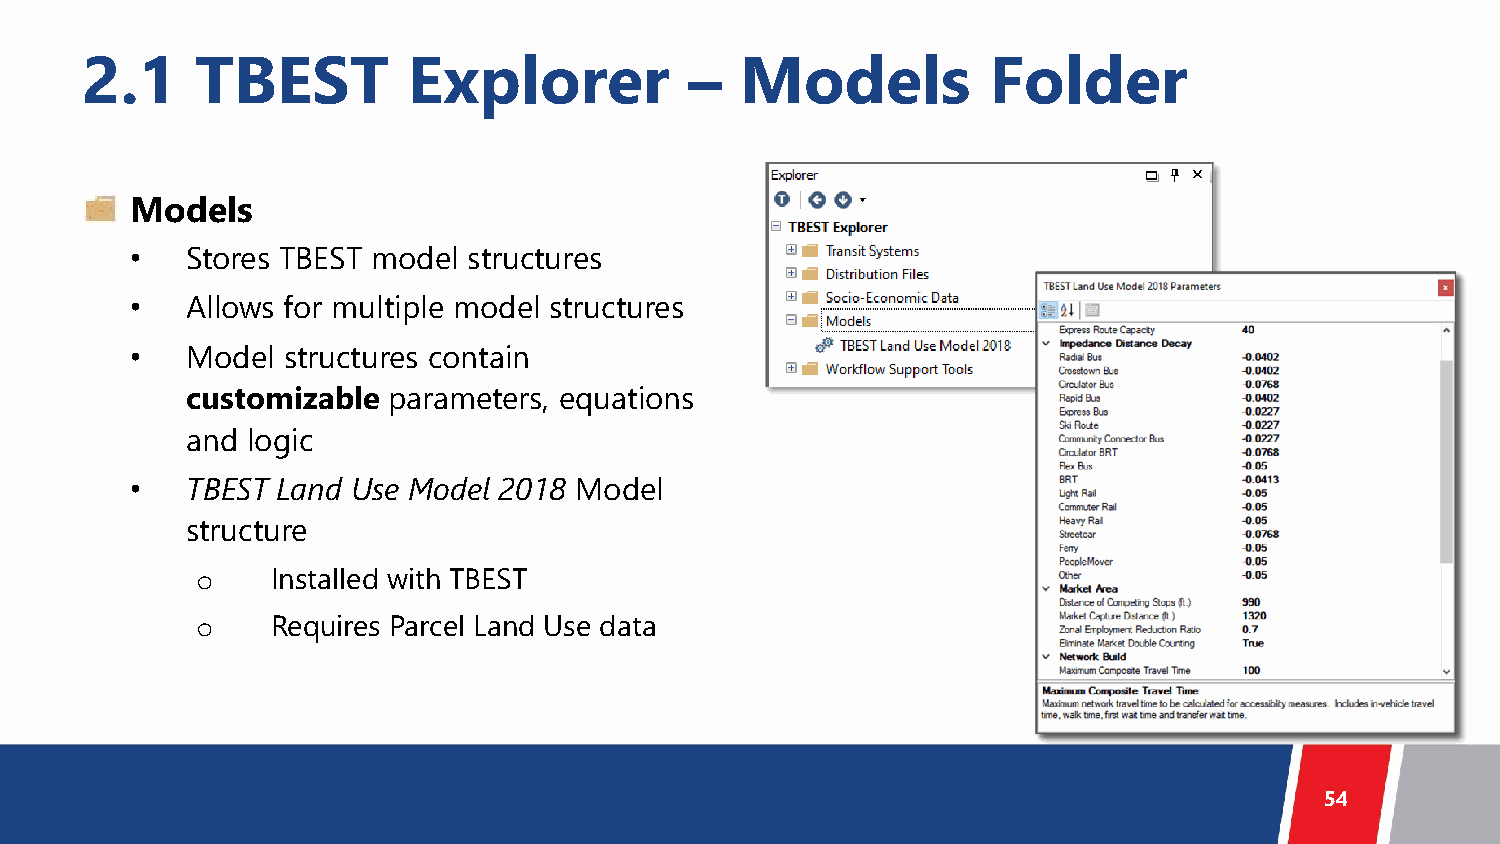
2.1     TBEST         Explorer           –  Models          Folder
 Models
 •  Stores TBEST model structures
 •  Allows for multiple model structures
 •  Model  structures contain
 customizable  parameters, equations
 and logic
 •  TBEST Land Use Model 2018 Model
 structure
 Installed with TBEST
 o
 Requires Parcel Land Use data
 o
 54